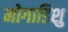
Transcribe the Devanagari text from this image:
मोगाडिशु